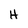
Character: H